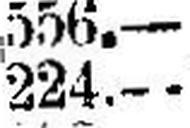
224.—